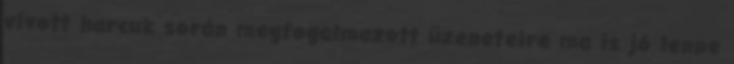
vívott harcuk során megfogalmazott üzeneteire ma is jó lenne